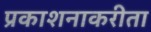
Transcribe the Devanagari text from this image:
प्रकाशनाकरीता